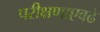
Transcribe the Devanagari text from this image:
परीक्षणाएवढे